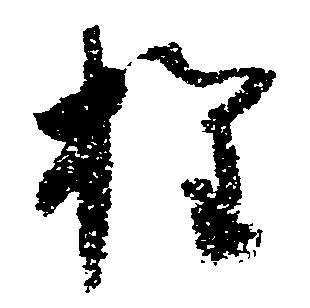
権